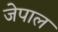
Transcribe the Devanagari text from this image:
जेपाल